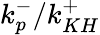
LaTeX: k_{p}^{-}/k_{KH}^{+}